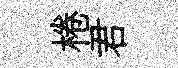
棬君